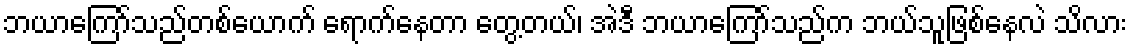
ဘယာကြော်သည်တစ်ယောက် ရောက်နေတာ တွေ့တယ်၊ အဲဒီ ဘယာကြော်သည်က ဘယ်သူဖြစ်နေလဲ သိလား